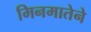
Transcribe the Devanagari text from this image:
मिनमातेने